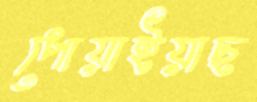
পোয়াইয়াছ